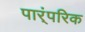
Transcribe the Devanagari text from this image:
पार्ंपरिक